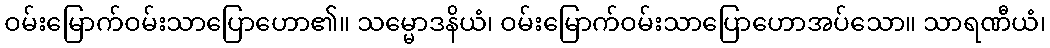
ဝမ်းမြောက်ဝမ်းသာပြောဟော၏။ သမ္မောဒနိယံ၊ ဝမ်းမြောက်ဝမ်းသာပြောဟောအပ်သော။ သာရဏီယံ၊